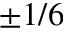
\pm 1 / 6